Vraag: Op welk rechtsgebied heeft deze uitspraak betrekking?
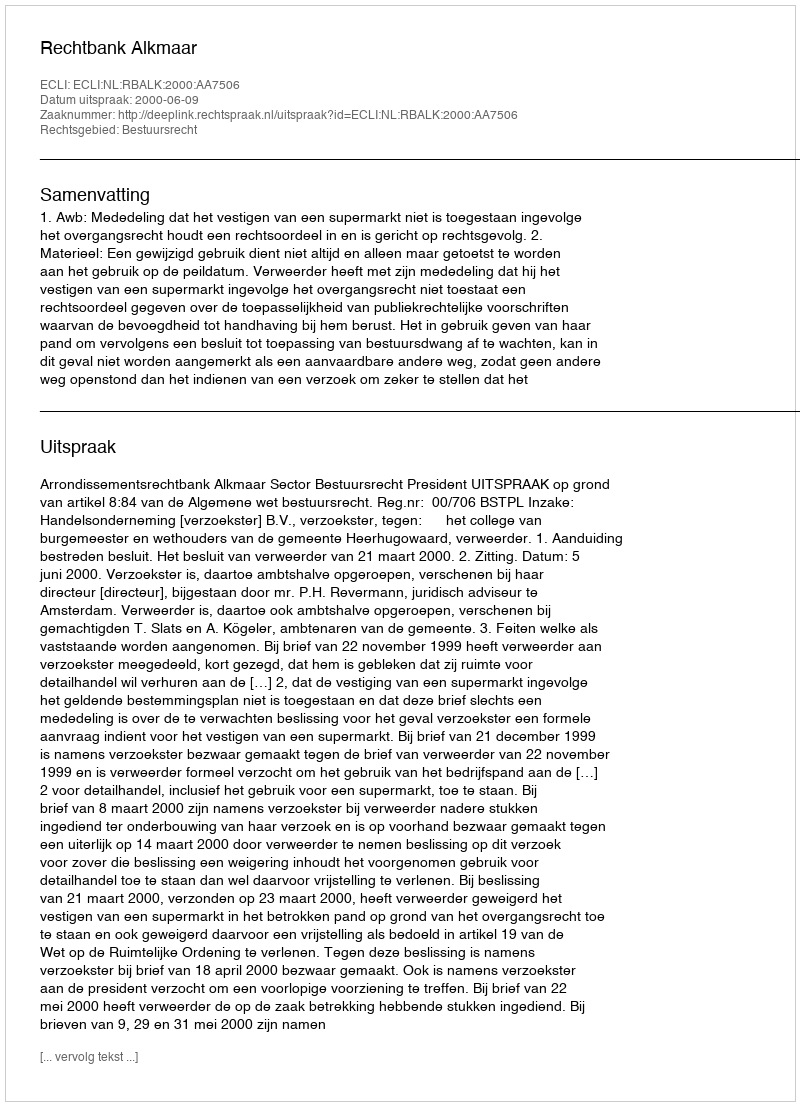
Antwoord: Bestuursrecht